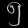
Digit: ၅